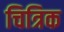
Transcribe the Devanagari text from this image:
चित्रिक